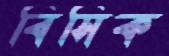
বিসিক